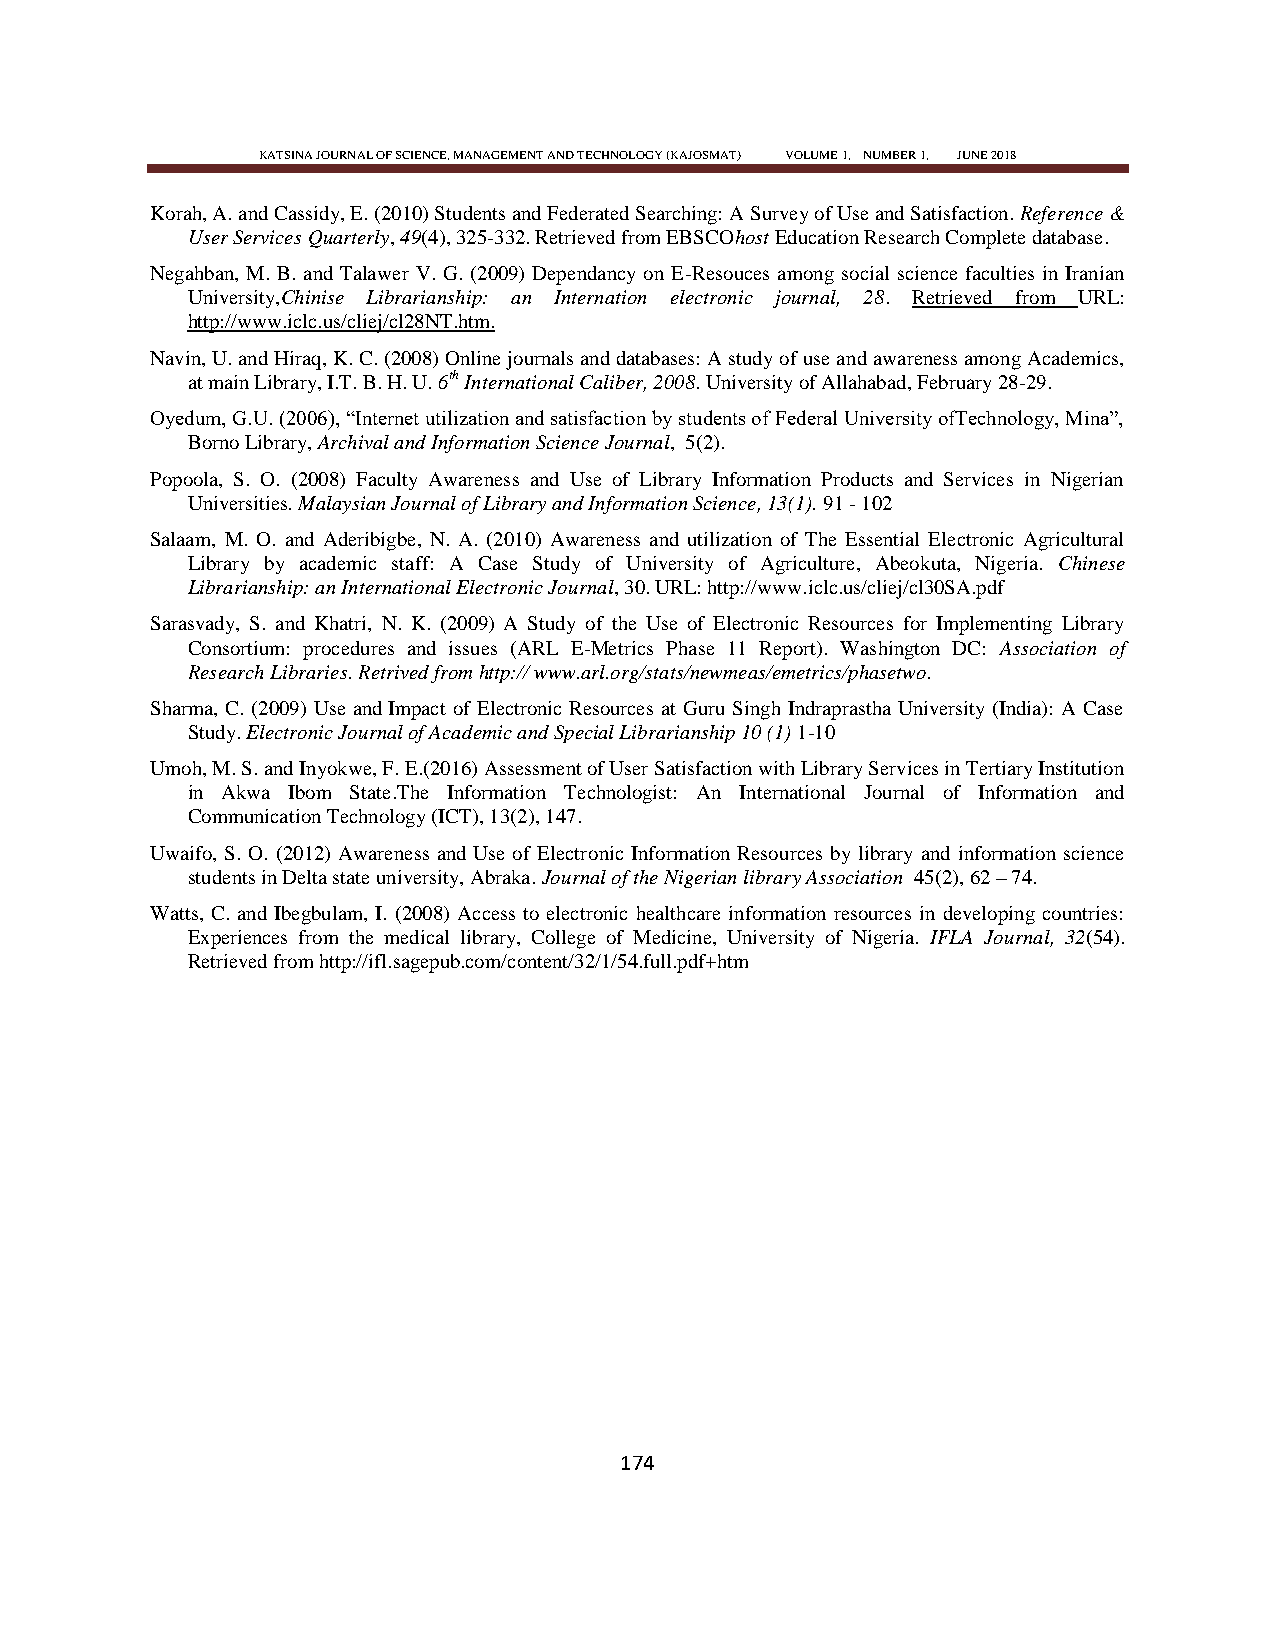
KATSINA JOURNAL OF SCIENCE, MANAGEMENT AND TECHNOLOGY (KAJOSMAT) VOLUME 1, NUMBER 1, JUNE 2018
 Korah, A. and Cassidy, E. (2010) Students and Federated Searching: A Survey of Use and Satisfaction. Reference &
 User Services Quarterly, 49(4), 325-332. Retrieved from EBSCOhost Education Research Complete database.
 Negahban, M. B. and Talawer V. G. (2009) Dependancy on E-Resouces among social science faculties in Iranian
 University,Chinise Librarianship: an Internation electronic journal, 28. Retrieved from URL:
 http://www.iclc.us/cliej/cl28NT.htm.
 Navin, U. and Hiraq, K. C. (2008) Online journals and databases: A study of use and awareness among Academics,
 at main Library, I.T. B. H. U. 6th International Caliber, 2008. University of Allahabad, February 28-29.
 Oyedum, G.U. (2006), ―Internet utilization and satisfaction by students of Federal University ofTechnology, Mina‖,
 Borno Library, Archival and Information Science Journal, 5(2).
 Popoola, S. O. (2008) Faculty Awareness and Use of Library Information Products and Services in Nigerian
 Universities. Malaysian Journal of Library and Information Science, 13(1). 91 - 102
 Salaam, M. O. and Aderibigbe, N. A. (2010) Awareness and utilization of The Essential Electronic Agricultural
 Library by academic staff: A Case Study of University of Agriculture, Abeokuta, Nigeria. Chinese
 Librarianship: an International Electronic Journal, 30. URL: http://www.iclc.us/cliej/cl30SA.pdf
 Sarasvady, S. and Khatri, N. K. (2009) A Study of the Use of Electronic Resources for Implementing Library
 Consortium: procedures and issues (ARL E-Metrics Phase 11 Report). Washington DC: Association of
 Research Libraries. Retrived from http:// www.arl.org/stats/newmeas/emetrics/phasetwo.
 Sharma, C. (2009) Use and Impact of Electronic Resources at Guru Singh Indraprastha University (India): A Case
 Study. Electronic Journal of Academic and Special Librarianship 10 (1) 1-10
 Umoh, M. S. and Inyokwe, F. E.(2016) Assessment of User Satisfaction with Library Services in Tertiary Institution
 in Akwa Ibom State.The Information Technologist: An International Journal of Information and
 Communication Technology (ICT), 13(2), 147.
 Uwaifo, S. O. (2012) Awareness and Use of Electronic Information Resources by library and information science
 students in Delta state university, Abraka. Journal of the Nigerian library Association 45(2), 62 – 74.
 Watts, C. and Ibegbulam, I. (2008) Access to electronic healthcare information resources in developing countries:
 Experiences from the medical library, College of Medicine, University of Nigeria. IFLA Journal, 32(54).
 Retrieved from http://ifl.sagepub.com/content/32/1/54.full.pdf+htm
 174